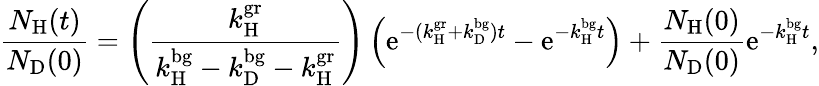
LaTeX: \frac{N_{\mathrm{H}}(t)}{N_{\mathrm{D}}(0)}=\left(\frac{k_{\mathrm{H}}^{\mathrm{gr}}}{k_{\mathrm{H}}^{\mathrm{bg}}-k_{\mathrm{D}}^{\mathrm{bg}}-k_{\mathrm{H}}^{\mathrm{gr}}}\right)\left(\mathrm{e}^{-(k_{\mathrm{H}}^{\mathrm{gr}}+k_{\mathrm{D}}^{\mathrm{bg}})t}-\mathrm{e}^{-k_{\mathrm{H}}^{\mathrm{bg}}t}\right)+\frac{N_{\mathrm{H}}(0)}{N_{\mathrm{D}}(0)}\mathrm{e}^{-k_{\mathrm{H}}^{\mathrm{bg}}t},